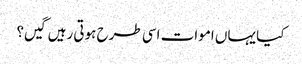
کیا یہاں اموات اسی طرح ہوتی رہیں گیں؟